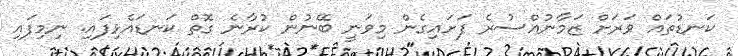
ކަނޑުތައް ވަރަށް ޒަމާނުއްސުރެ ފަށައިގެން މިވަނީ ބޭނުން ކުރާނެ ގޮތް ކަނޑައެޅިފައި. ނިމިފައި